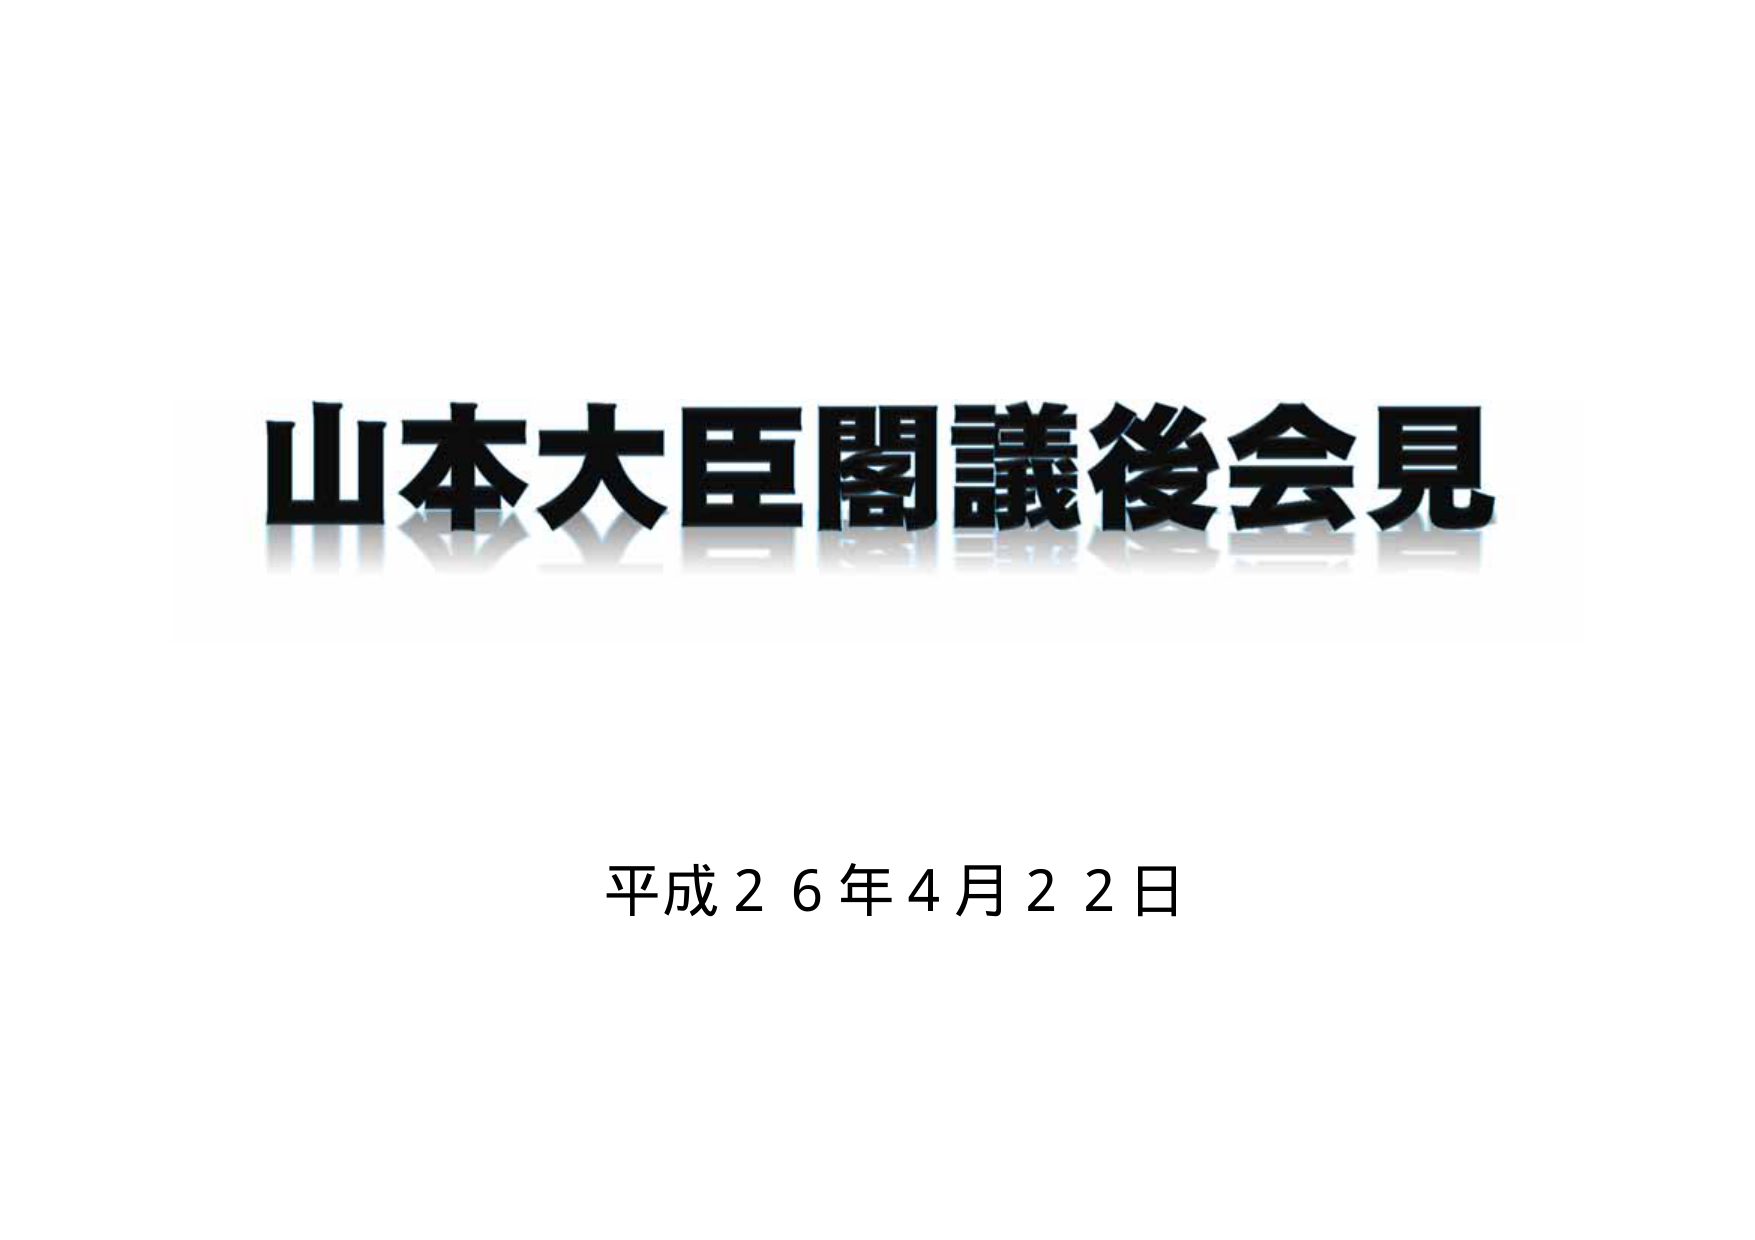
山本大臣閣議後会見
平成２６年４月２２日